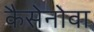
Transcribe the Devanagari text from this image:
कैसेनोवा